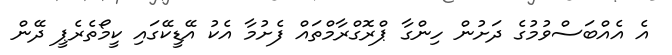
އެ އެއްބަސްވުމުގެ ދަށުން ހިންގާ ޕްރޮގްރާމްތައް ފެށުމާ އެކު އޭޑީކޭގައި ކީމޯތެރެޕީ ދޭން